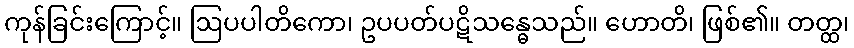
ကုန်ခြင်းကြောင့်။ ဩပပါတိကော၊ ဥပပတ်ပဋိသန္ဓေသည်။ ဟောတိ၊ ဖြစ်၏။ တတ္ထ၊